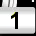
Digit: 1